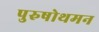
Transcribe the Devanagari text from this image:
पुरुषोथमन